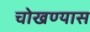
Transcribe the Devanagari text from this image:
चोखण्यास